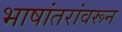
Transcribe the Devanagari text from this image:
भाषांतरांवरून